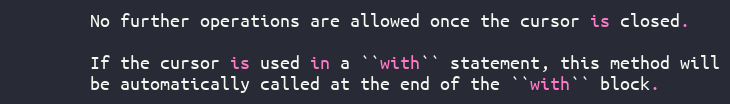
Language: Python
        No further operations are allowed once the cursor is closed.

        If the cursor is used in a ``with`` statement, this method will
        be automatically called at the end of the ``with`` block.